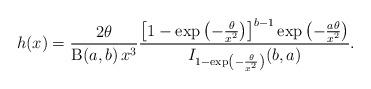
LaTeX: \begin{align*}h(x)= \frac{2\theta}{\operatorname{B}(a,b)\,x^3} \frac{\left[1-\exp\left(-\frac{\theta}{x^2}\right)\right]^{b-1}\exp\left(-\frac{a\theta}{x^2}\right)}{I_{1-\exp\left(-\frac{\theta}{x^2}\right)}(b,a)}.\end{align*}